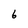
Character: 6